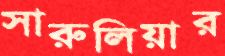
সারুলিয়ার